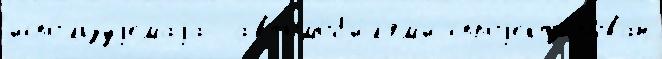
испо́льзуjемаjа  автомоб'и́л'ям'и спроjект'и́рован